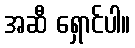
အဆီ ရှောင်ပါ။